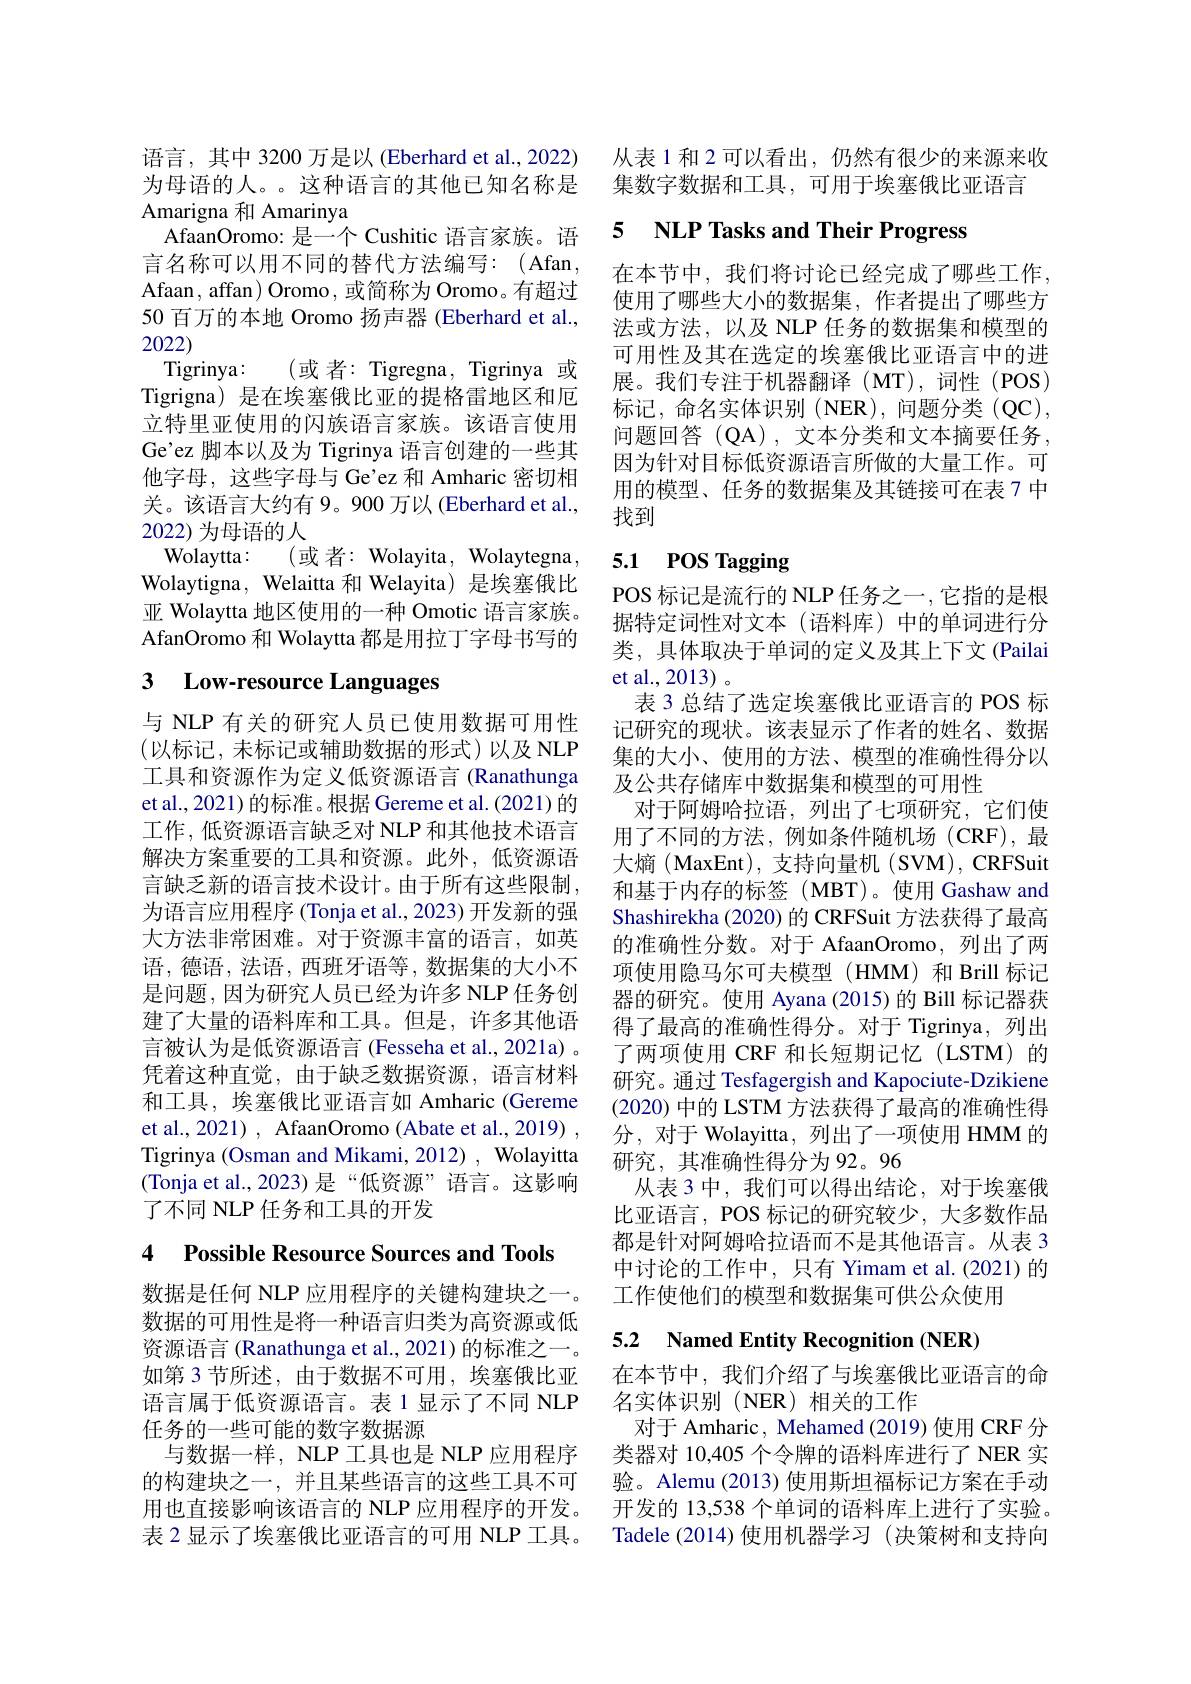
语言，其中 3200 万是以 (Eberhard et al., 2022) 为母语的人。。这种语言的其他已知名称是Amarigna 和 Amarinya
AfaanOromo: 是一个 Cushitic 语言家族。语言名称可以用不同的替代方法编写：(Afan, Afaan, affan) Oromo, 或简称为 Oromo。有超过50 百万的本地 Oromo 扬声器 (Eberhard et al., 2022)
Tigrinya: (或 者：Tigregna, Tigrinya 或Tigrigna) 是在埃塞俄比亚的提格雷地区和厄立特里亚使用的闪族语言家族。该语言使用Ge'ez 脚本以及为 Tigrinya 语言创建的一些其他字母，这些字母与 Ge'ez 和 Amharic 密切相关。该语言大约有 9。900 万以 (Eberhard et al., 2022) 为母语的人
Wolaytta: (或者：Wolayita, Wolaytegna, Wolaytigna, Welaitta 和 Welayita) 是埃塞俄比亚 Wolaytta 地区使用的一种 Omotic 语言家族。AfanOromo 和 Wolaytta 都是用拉丁字母书写的

# 3 Low-resource Languages

与 NLP 有关的研究人员已使用数据可用性(以标记，未标记或辅助数据的形式)以及NLP 工具和资源作为定义低资源语言 (Ranathunga et al., 2021) 的标准。根据 Gereme et al. (2021) 的工作，低资源语言缺乏对 NLP 和其他技术语言解决方案重要的工具和资源。此外，低资源语言缺乏新的语言技术设计。由于所有这些限制， 为语言应用程序(Tonja et al., 2023) 开发新的强大方法非常困难。对于资源丰富的语言，如英语，德语，法语，西班牙语等，数据集的大小不是问题，因为研究人员已经为许多 NLP 任务创建了大量的语料库和工具。但是，许多其他语言被认为是低资源语言(Fesseha et al., 2021a) 。凭着这种直觉，由于缺乏数据资源，语言材料和工具，埃塞俄比亚语言如 Amharic (Gereme et al., 2021) , AfaanOromo (Abate et al., 2019) , Tigrinya (Osman and Mikami, 2012) , Wolayitta (Tonja et al.,2023)是“低资源”语言。这影响了不同 NLP 任务和工具的开发

4 Possible Resource Sources and Tools

数据是任何 NLP 应用程序的关键构建块之一。数据的可用性是将一种语言归类为高资源或低资源语言 (Ranathunga et al., 2021) 的标准之一。如第 3 节所述，由于数据不可用，埃塞俄比亚语言属于低资源语言。表1显示了不同 NLP 任务的一些可能的数字数据源
与数据一样，NLP 工具也是 NLP 应用程序的构建块之一，并且某些语言的这些工具不可用也直接影响该语言的 NLP 应用程序的开发。表 2 显示了埃塞俄比亚语言的可用 NLP 工具。

从表 1 和 2 可以看出，仍然有很少的来源来收
集数字数据和工具，可用于埃塞俄比亚语言

# 5 NLP Tasks and Their Progress

在本节中，我们将讨论已经完成了哪些工作使用了哪些大小的数据集，作者提出了哪些方法或方法，以及 NLP 任务的数据集和模型的可用性及其在选定的埃塞俄比亚语言中的进展。我们专注于机器翻译(MT),词性(POS) 标记，命名实体识别 (NER),问题分类 (QC), 问题回答(QA),文本分类和文本摘要任务， 因为针对目标低资源语言所做的大量工作。可用的模型、任务的数据集及其链接可在表 7 中找到

# 5.1 POS Tagging

$\operatorname{POS}$标记是流行的 NLP 任务之一，它指的是根据特定词性对文本(语料库)中的单词进行分类，具体取决于单词的定义及其上下文 (Pailai et al., 2013) 。
表 3 总结了选定埃塞俄比亚语言的 POS 标记研究的现状。该表显示了作者的姓名、数据集的大小、使用的方法、模型的准确性得分以及公共存储库中数据集和模型的可用性
对于阿姆哈拉语，列出了七项研究，它们使用了不同的方法，例如条件随机场(CRF),最大熵(MaxEnt),支持向量机(SVM),CRFSuit 和基于内存的标签(MBT)。使用 Gashaw and Shashirekha (2020) 的 CRFSuit 方法获得了最高的准确性分数。对于 AfaanOromo, 列出了两项使用隐马尔可夫模型(HMM)和 Brill 标记器的研究。使用 Ayana (2015)的 Bill 标记器获得了最高的准确性得分。对于 Tigrinya, 列出了两项使用 CRF 和长短期记忆(LSTM)的研究。通过 Tesfagergish and Kapociute-Dzikiene (2020) 中的 LSTM 方法获得了最高的准确性得分，对于 Wolayitta, 列出了一项使用 HMM 的研究，其准确性得分为 92。96
从表 3 中，我们可以得出结论，对于埃塞俄比亚语言，POS 标记的研究较少，大多数作品都是针对阿姆哈拉语而不是其他语言。从表 3中讨论的工作中，只有 Yimam et al.(2021) 的工作使他们的模型和数据集可供公众使用

## 5.2 Named Entity Recognition (NER)

在本节中，我们介绍了与埃塞俄比亚语言的命
名实体识别(NER)相关的工作
对于 Amharic, Mehamed(2019) 使用 CRF 分类器对 10,405 个令牌的语料库进行了 NER 实验。Alemu (2013) 使用斯坦福标记方案在手动开发的 13,538 个单词的语料库上进行了实验。Tadele (2014)使用机器学习 (决策树和支持向